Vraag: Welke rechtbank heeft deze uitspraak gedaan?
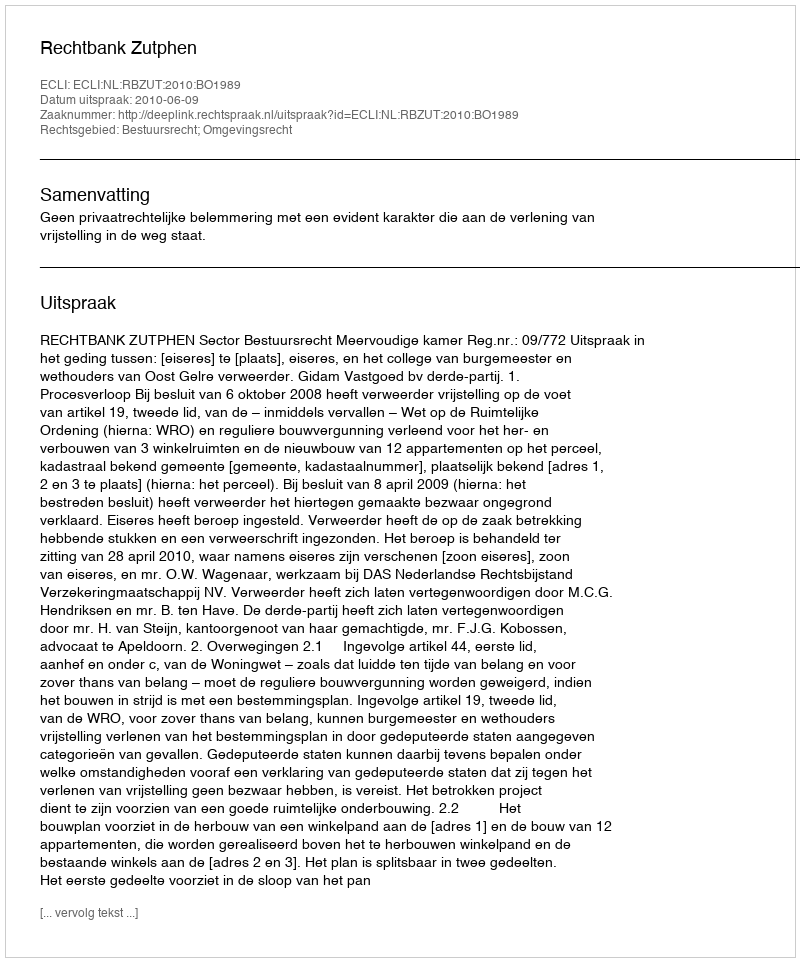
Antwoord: Rechtbank Zutphen